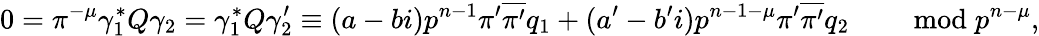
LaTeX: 0=\pi^{-\mu}\gamma_{1}^{*}Q\gamma_{2}=\gamma_{1}^{*}Q\gamma_{2}^{\prime}\equiv(a-bi)p^{n-1}\pi^{\prime}\overline{{\pi^{\prime}}}q_{1}+(a^{\prime}-b^{\prime}i)p^{n-1-\mu}\pi^{\prime}\overline{{\pi^{\prime}}}q_{2}\qquad\bmod p^{n-\mu},